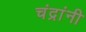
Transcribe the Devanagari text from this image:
चंद्रांनी